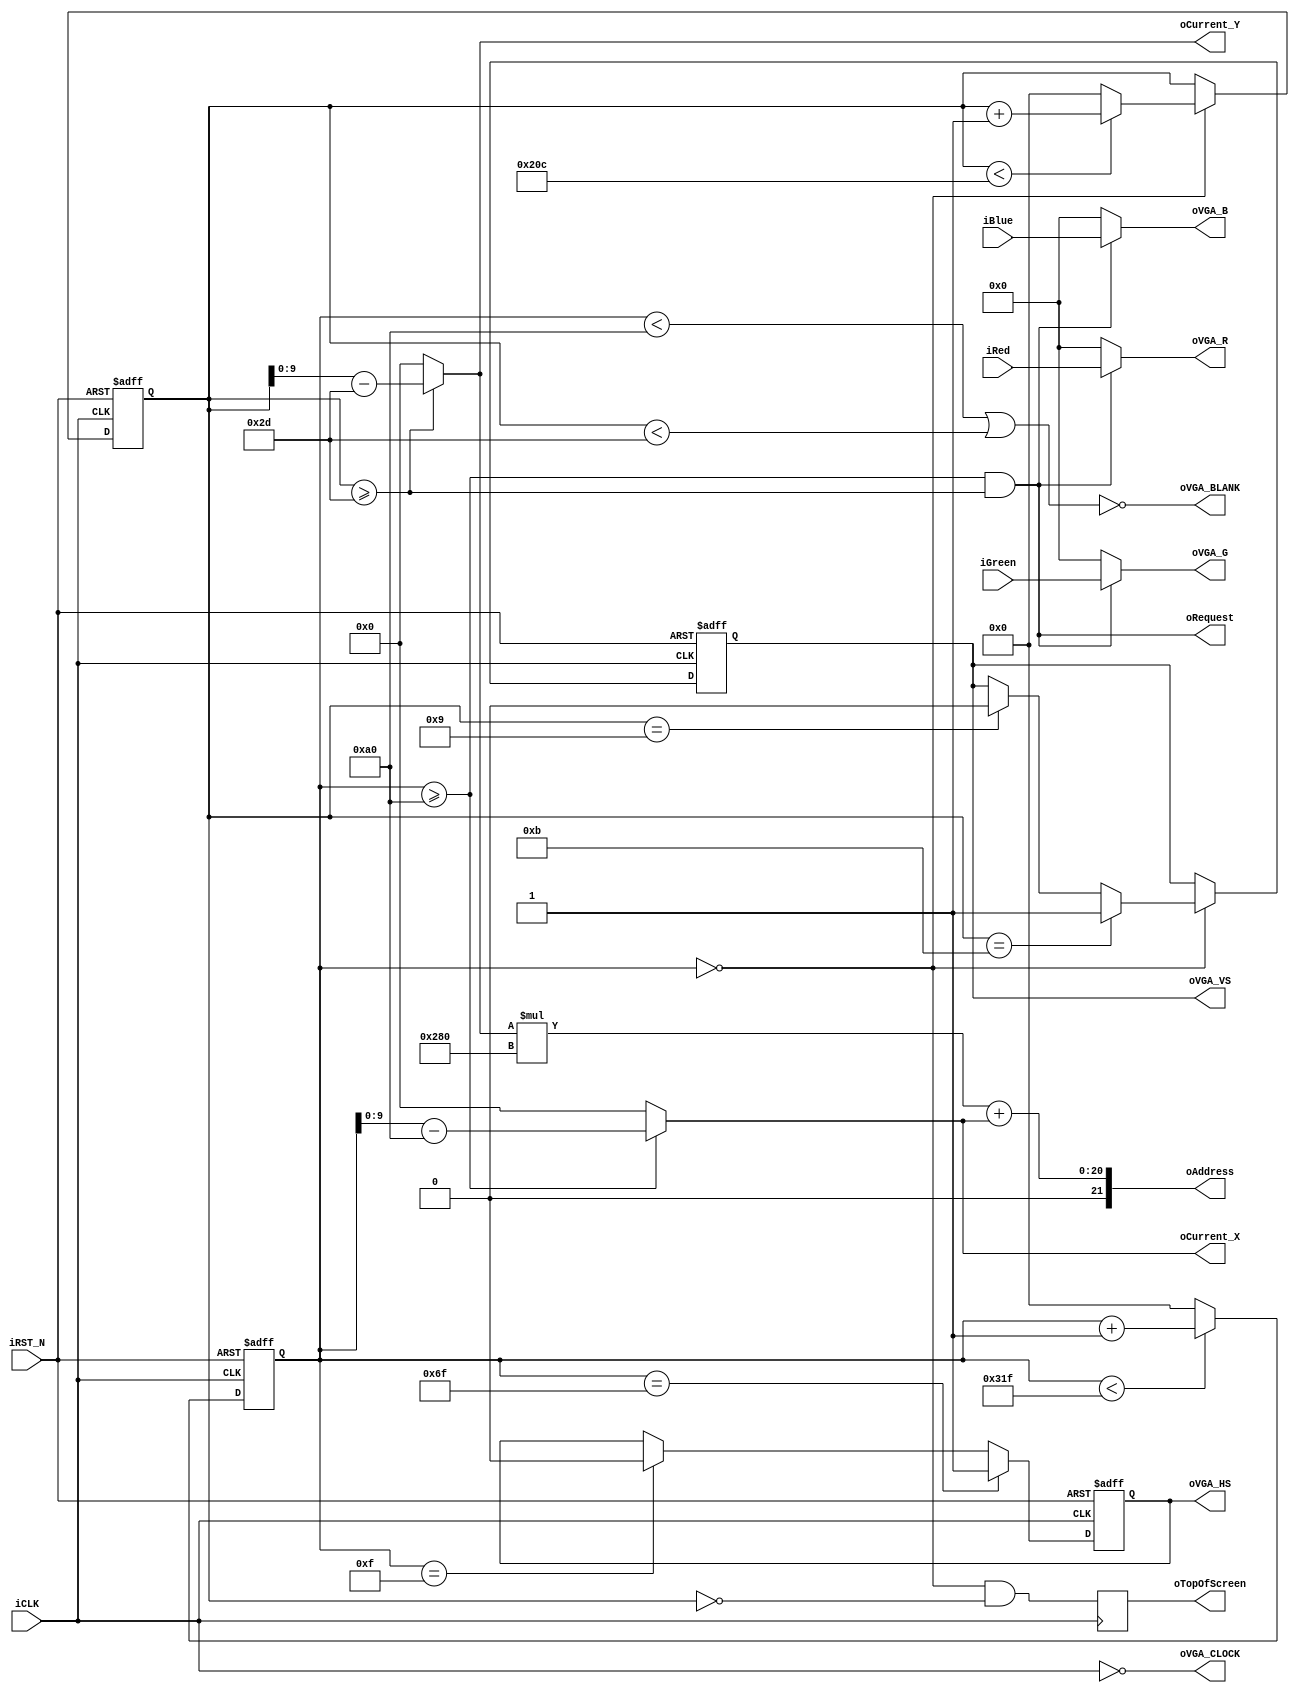
module Vga_control(
    input [3:0] iRed,
    input [3:0] iGreen,
    input [3:0] iBlue,
    output [9:0] oCurrent_X, 
    output [9:0] oCurrent_Y, 
    output [21:0] oAddress,
    output oRequest,
    output reg oTopOfScreen,     
    output [3:0] oVGA_R,
    output [3:0] oVGA_G,
    output [3:0] oVGA_B,
    output reg oVGA_HS,   
    output reg oVGA_VS,   
    output oVGA_BLANK,    
    output oVGA_CLOCK,    
    input iCLK,
    input iRST_N
);
reg         [10:0]  H_Cont;
reg         [10:0]  V_Cont;
parameter   H_FRONT =   16;
parameter   H_SYNC  =   96;
parameter   H_BACK  =   48;
parameter   H_ACT   =   640;
parameter   H_BLANK =   H_FRONT+H_SYNC+H_BACK;
parameter   H_TOTAL =   H_FRONT+H_SYNC+H_BACK+H_ACT;
parameter   V_FRONT =   10;
parameter   V_SYNC  =   2;
parameter   V_BACK  =   33;
parameter   V_ACT   =   480;
parameter   V_BLANK =   V_FRONT+V_SYNC+V_BACK;
parameter   V_TOTAL =   V_FRONT+V_SYNC+V_BACK+V_ACT;
assign  oVGA_BLANK  =   ~(H_Cont<H_BLANK || V_Cont<V_BLANK);
assign  oVGA_CLOCK  =   ~iCLK;
assign  oVGA_R      =   oRequest ? iRed : 4'b0 ;
assign  oVGA_G      =   oRequest ? iGreen : 4'b0 ;
assign  oVGA_B      =   oRequest ? iBlue : 4'b0 ;
assign  oAddress    =   oCurrent_Y*H_ACT + oCurrent_X;
assign  oRequest    =   H_Cont >= H_BLANK && V_Cont >= V_BLANK;
assign  oCurrent_X  =   (H_Cont>=H_BLANK) ? H_Cont-H_BLANK : 11'h0;
assign  oCurrent_Y  =   (V_Cont>=V_BLANK) ? V_Cont-V_BLANK : 11'h0;
wire oTopOfScreenNext = H_Cont == 0 && V_Cont == 0;
always @(posedge iCLK)
begin
    oTopOfScreen <= oTopOfScreenNext;
end
always@(posedge iCLK or negedge iRST_N)
begin
    if(!iRST_N)
    begin
        H_Cont      <=  0;
        oVGA_HS     <=  1;
    end
    else
    begin
        if(H_Cont<H_TOTAL-1)
            H_Cont  <=  H_Cont+1'b1;
        else
            H_Cont  <=  0;
        if(H_Cont==H_FRONT-1)           
            oVGA_HS <=  1'b0;
        if(H_Cont==H_FRONT+H_SYNC-1)    
            oVGA_HS <=  1'b1;
    end
end
always@(posedge iCLK or negedge iRST_N)
begin
    if(!iRST_N)
    begin
        V_Cont      <=  0;
        oVGA_VS     <=  1;
    end else if (H_Cont == 0) begin
        if(V_Cont<V_TOTAL-1)
            V_Cont  <=  V_Cont+1'b1;
        else
            V_Cont  <=  0;
        if(V_Cont==V_FRONT-1)           
            oVGA_VS <=  1'b0;
        if(V_Cont==V_FRONT+V_SYNC-1)    
            oVGA_VS <=  1'b1;
    end
end
endmodule